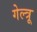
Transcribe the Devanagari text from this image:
गेल्त्रू